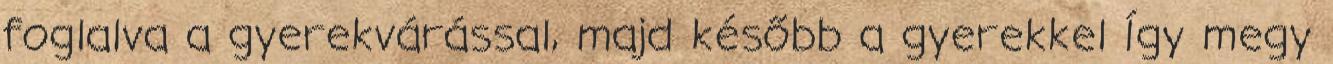
foglalva a gyerekvárással, majd később a gyerekkel Így megy